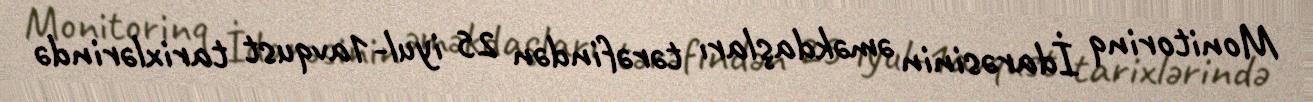
Monitorinq İdarəsinin əməkdaşları tərəfindən 25 iyul-1avqust tarixlərində